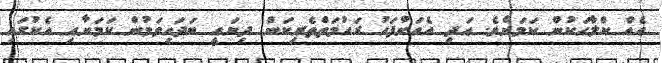
އެއް ކްލާހަކުން ކަމަށެވެ. އަދި އެއަށްފަހު ރަހުމަތްތެރިކަން ދިޔައީ ބަދަހިވަމުން ކަމަށާއި އެކުގައި